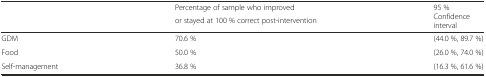
<table><thead><tr><td rowspan="2"></td><td><b>Percentage of sample who improved</b></td><td rowspan="2"><b>95 % Confidence interval</b></td></tr><tr><td><b>or stayed at 100 % correct post-intervention</b></td></tr></thead><tbody><tr><td>GDM</td><td>70.6 %</td><td>(44.0 %, 89.7 %)</td></tr><tr><td>Food</td><td>50.0 %</td><td>(26.0 %, 74.0 %)</td></tr><tr><td>Self-management</td><td>36.8 %</td><td>(16.3 %, 61.6 %)</td></tr></tbody></table>